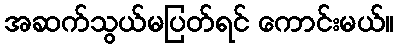
အဆက်သွယ်မပြတ်ရင် ကောင်းမယ်။